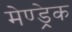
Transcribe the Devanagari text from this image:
मेण्ड्रेक